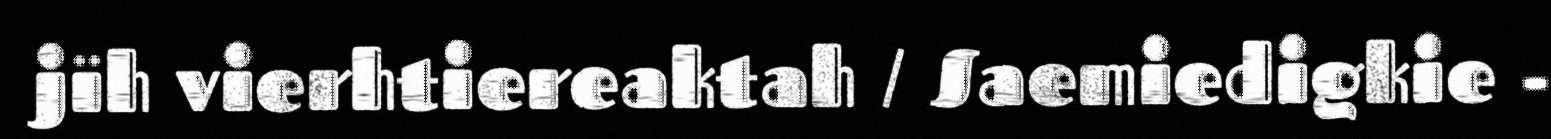
jïh vierhtiereaktah / Saemiedigkie -